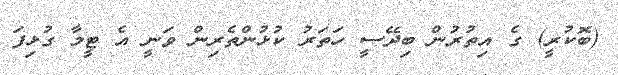
(ބޮކުރީ) ގެ އިތުރުން ބިދޭސީ ހަތަރު ކުޅުންތެރިން ވަނީ އެ ޓީމާ ގުޅިފަ